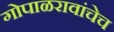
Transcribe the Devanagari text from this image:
गोपाळरावांचेच